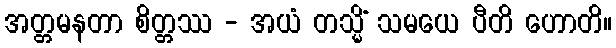
အတ္တမနတာ စိတ္တဿ - အယံ တသ္မိံ သမယေ ပီတိ ဟောတိ။